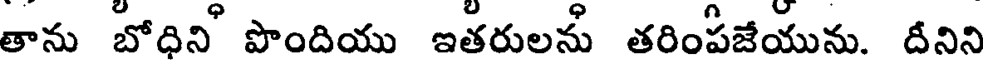
తాను బోధిని పొందియు ఇతరులను తరింపజేయును. దీనిని